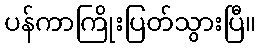
ပန်ကာကြိုးပြတ်သွားပြီ။